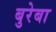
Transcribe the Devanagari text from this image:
बुरेबा